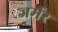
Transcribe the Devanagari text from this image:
जर्मर